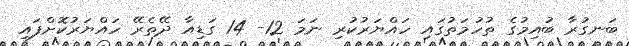
ބަނގުރާ ބުއިމުގެ ތުހުމަތުގައި ހައްޔަރުކުރި ނަމަ 12- 14 ގަޑިއާ ދޭތެރޭ ހައްޔަރުކޮށްފައި